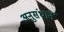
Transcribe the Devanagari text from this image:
अनुसंधानें